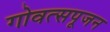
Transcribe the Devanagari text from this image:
गोवत्सपूजन